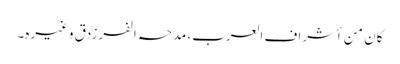
کان من أشراف العرب، مدحہ الفرزدق وغیرہ۔